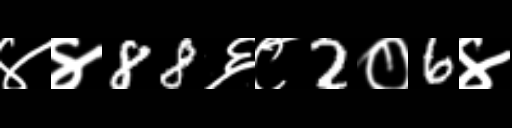
Text: ४४88६८2०6४